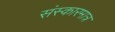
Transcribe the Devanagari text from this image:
संस्कारमात्र